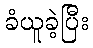
ခံယူခဲ့ပြီး